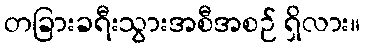
တခြားခရီးသွားအစီအစဉ် ရှိလား။